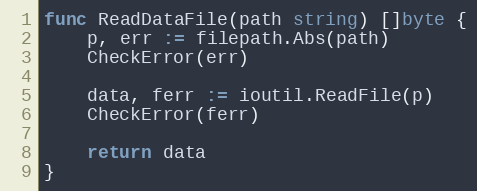
Language: Go
func ReadDataFile(path string) []byte {
	p, err := filepath.Abs(path)
	CheckError(err)

	data, ferr := ioutil.ReadFile(p)
	CheckError(ferr)

	return data
}